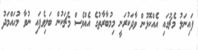
ފައިނަލު މެޗުގައި އެއްކޮޅުން ވާދަކުރަނީ މިމުބާރާތުގެ އެއްވެސް މެޗަކުން ބަލިވެފައި ނުވާ މުހައްމަދު